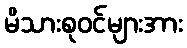
မိသားစုဝင်များအား